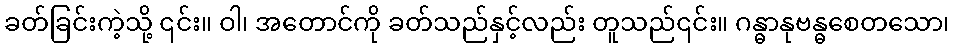
ခတ်ခြင်းကဲ့သို့ ၎င်း။ ဝါ၊ အတောင်ကို ခတ်သည်နှင့်လည်း တူသည်၎င်း။ ဂန္ဓာနုဗန္ဓစေတသော၊